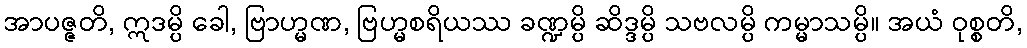
အာပဇ္ဇတိ, ဣဒမ္ပိ ခေါ, ဗြာဟ္မဏ, ဗြဟ္မစရိယဿ ခဏ္ဍမ္ပိ ဆိဒ္ဒမ္ပိ သဗလမ္ပိ ကမ္မာသမ္ပိ။ အယံ ဝုစ္စတိ,